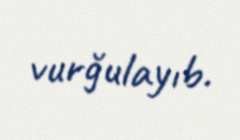
vurğulayıb.